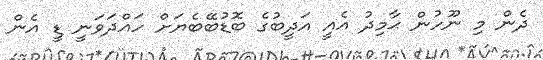
ދެން މި ނޫހުން ޙާމިދު އެއީ އަދީބުގެ ބޮޑުބޭބެޔަށް ހައްދަވަނީ ޑީ އެން